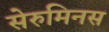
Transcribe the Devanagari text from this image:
सेरुमिनस